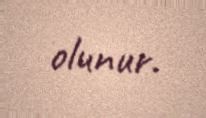
olunur.